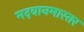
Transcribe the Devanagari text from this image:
मदवानमास्तर